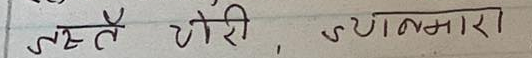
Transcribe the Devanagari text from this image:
नमस्ते, चोरी ज्योग्मारा